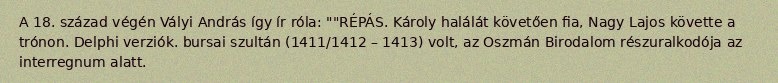
A 18. század végén Vályi András így ír róla: ""RÉPÁS. Károly halálát követően fia, Nagy Lajos követte a trónon. Delphi verziók. bursai szultán (1411/1412 – 1413) volt, az Oszmán Birodalom részuralkodója az interregnum alatt.